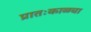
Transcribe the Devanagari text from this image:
प्रातःकाळचा